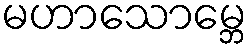
မဟာသောမ္ဘေ